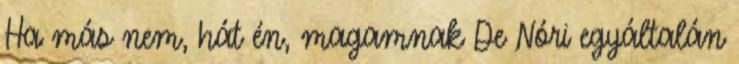
Ha más nem, hát én, magamnak De Nóri egyáltalán